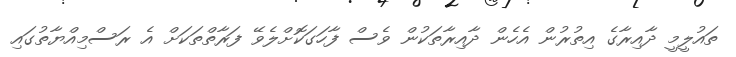
ތައުލީމީ ދާއިރާގެ އިތުރުން އެހެން ދާއިރާތަކުން ވެސް ފާހަގަކޮށްލެވޭ ފަރާތްތަކަށް އެ ރަސްމިއްޔާތުގައި